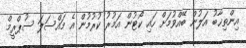
އިންތިޚާބު އަލުން ބޭއްވުމަށް ހައި ކޯޓުން އަމުރު ކުރުމުން އެ މައްސަލަ ސުޕްރީމް